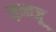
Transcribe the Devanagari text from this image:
सुन्तजू